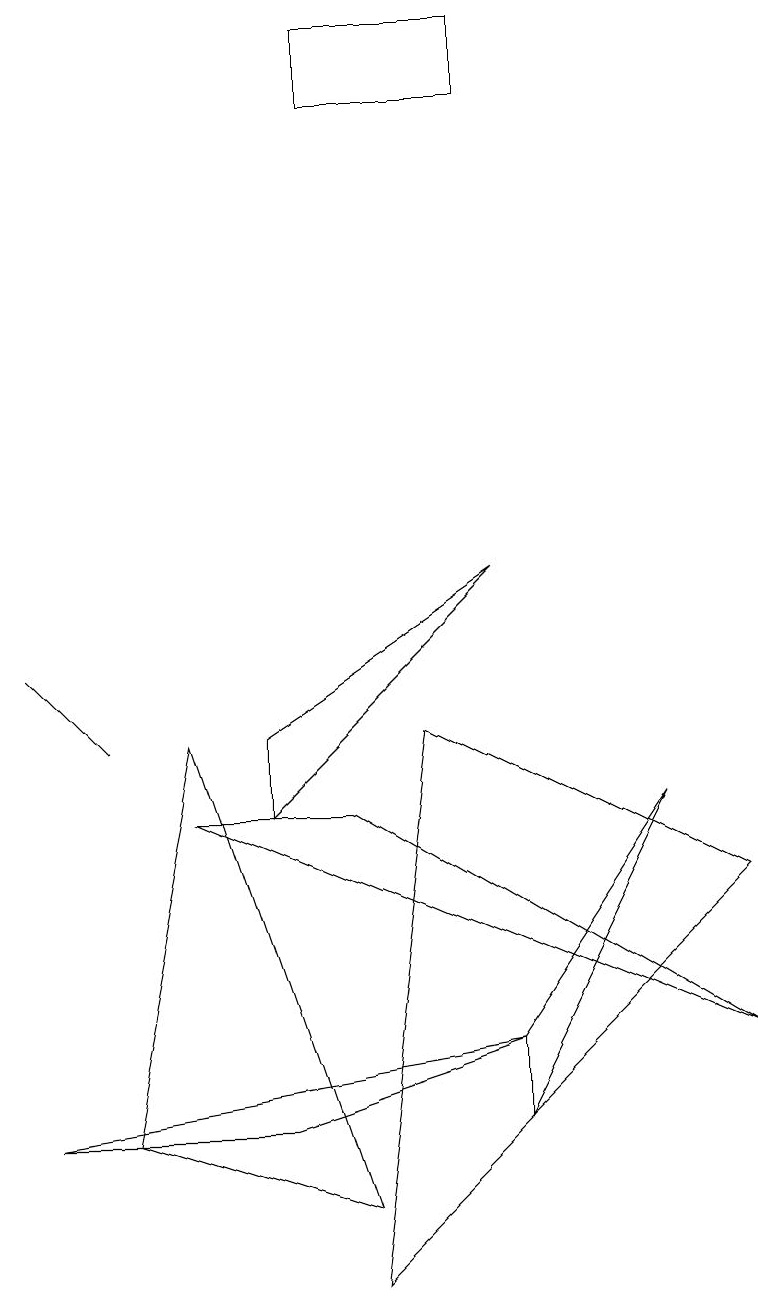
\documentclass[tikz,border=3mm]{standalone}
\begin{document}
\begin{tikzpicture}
\draw (6,15) rectangle (4,16);
\draw (9,3) -- (4,6) -- (2,6) -- cycle;
\draw (3,2) -- (0,2) -- (6,3) -- cycle;
\draw (6,2) -- (6,3) -- (8,6) -- cycle;
\draw (6,9) -- (3,6) -- (3,7) -- cycle;
\draw (1,7) -- (1,7) -- (0,8) -- cycle;
\draw (4,0) -- (9,5) -- (5,7) -- cycle;
\draw (4,1) -- (2,7) -- (1,2) -- cycle;
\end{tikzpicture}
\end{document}